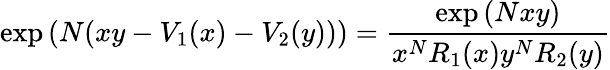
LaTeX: \exp\left(N(xy-V_{1}(x)-V_{2}(y))\right)=\frac{\exp\left(Nxy\right)}{x^{N}R_{1}(x)y^{N}R_{2}(y)}